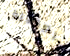
الطفولة